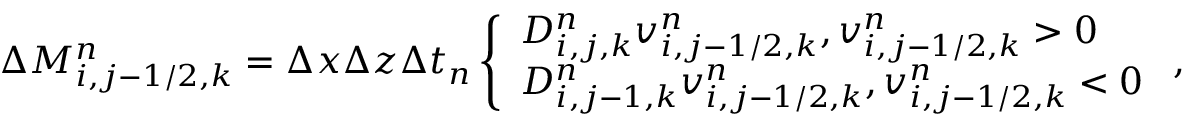
\begin{array} { r } { \Delta M _ { i , j - 1 / 2 , k } ^ { n } = \Delta x \Delta z \Delta t _ { n } \left\{ \begin{array} { l l } { D _ { i , j , k } ^ { n } v _ { i , j - 1 / 2 , k } ^ { n } , v _ { i , j - 1 / 2 , k } ^ { n } > 0 } \\ { D _ { i , j - 1 , k } ^ { n } v _ { i , j - 1 / 2 , k } ^ { n } , v _ { i , j - 1 / 2 , k } ^ { n } < 0 } \end{array} \right. , } \end{array}